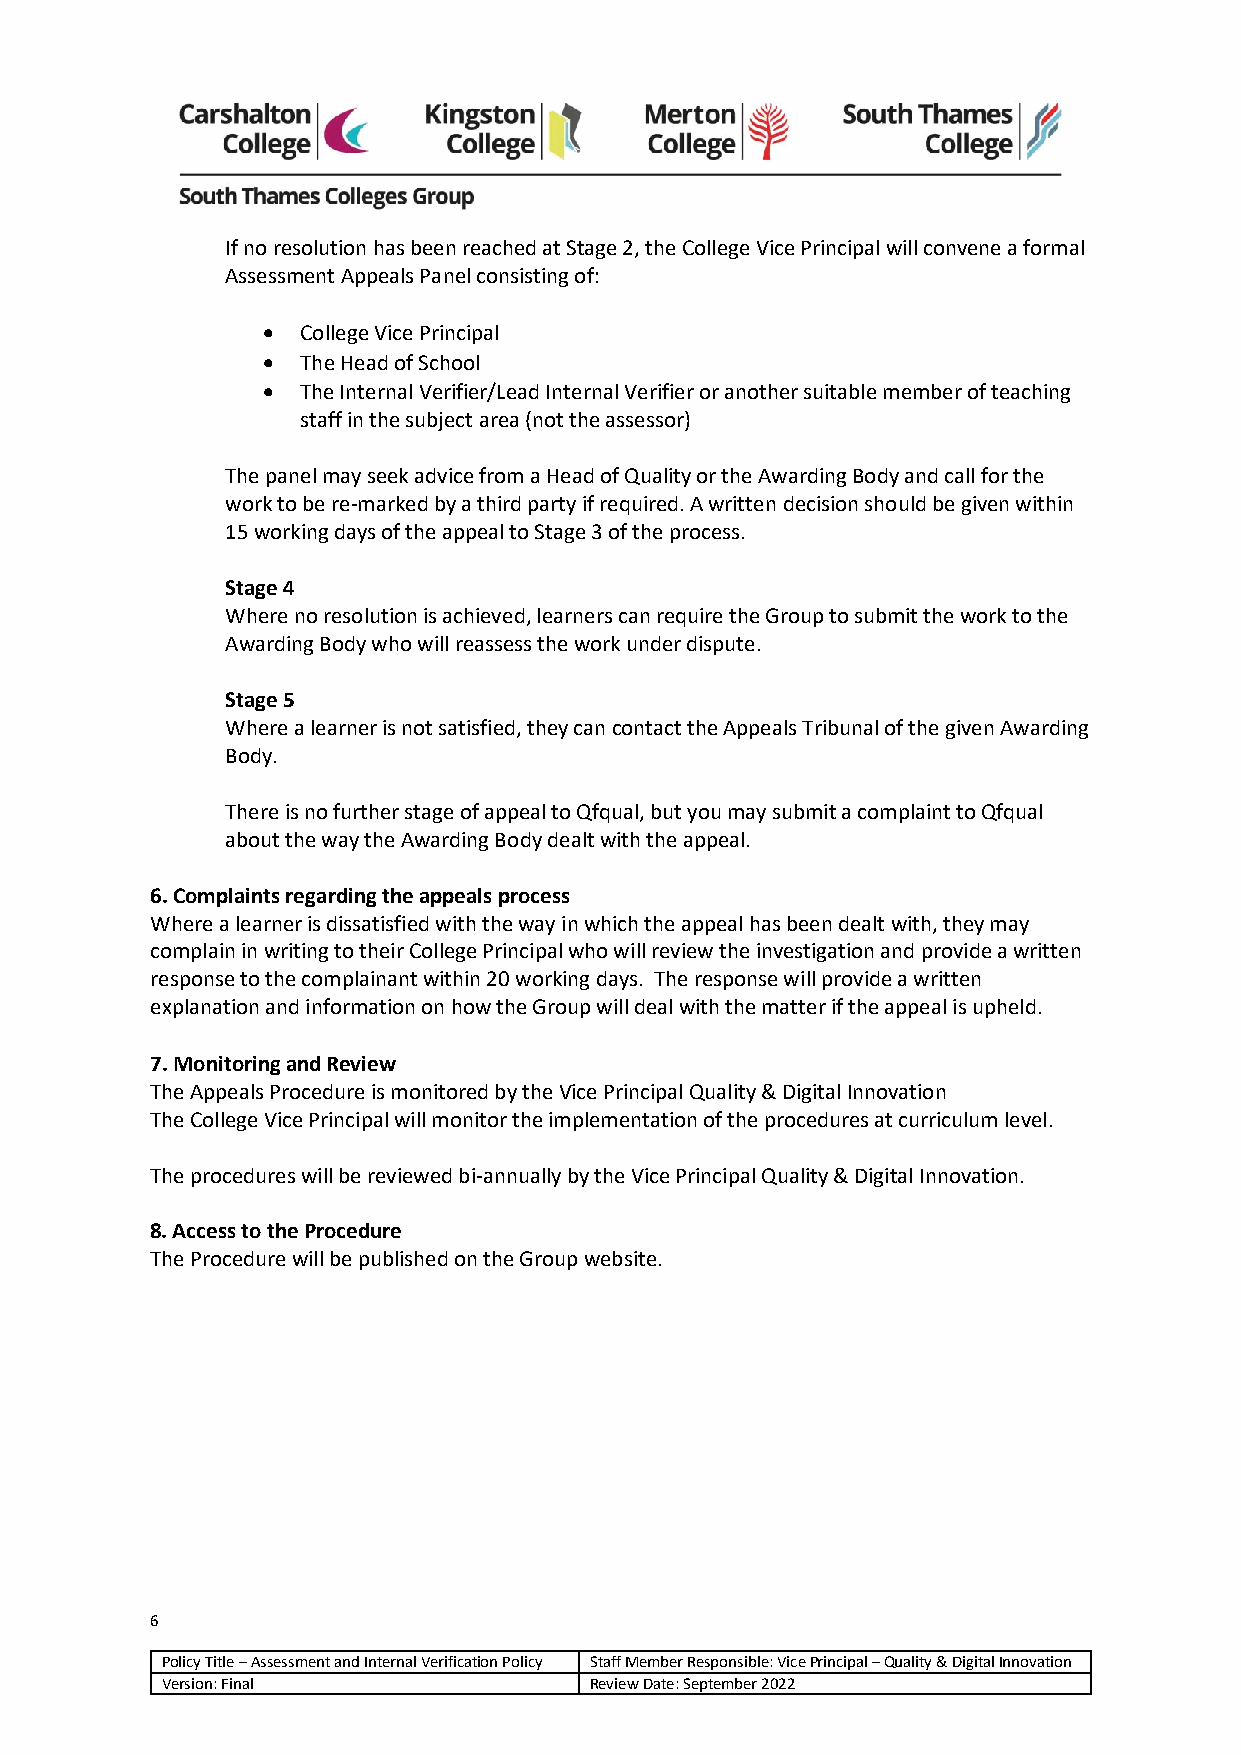
If no resolution has been reached at Stage 2, the College Vice Principal will convene a formal
 Assessment Appeals Panel consisting of:
 •  College Vice Principal
 •  The Head of School
 •  The Internal Verifier/Lead Internal Verifier or another suitable member of teaching
 staff in the subject area (not the assessor)
 The panel may seek advice from a Head of Quality or the Awarding Body and call for the
 work to be re-marked by a third party if required. A written decision should be given within
 15 working days of the appeal to Stage 3 of the process.
 Stage 4
 Where no resolution is achieved, learners can require the Group to submit the work to the
 Awarding Body who will reassess the work under dispute.
 Stage 5
 Where a learner is not satisfied, they can contact the Appeals Tribunal of the given Awarding
 Body.
 There is no further stage of appeal to Qfqual, but you may submit a complaint to Qfqual
 about the way the Awarding Body dealt with the appeal.
 6. Complaints regarding the appeals process
 Where a learner is dissatisfied with the way in which the appeal has been dealt with, they may
 complain in writing to their College Principal who will review the investigation and provide a written
 response to the complainant within 20 working days. The response will provide a written
 explanation and information on how the Group will deal with the matter if the appeal is upheld.
 7. Monitoring and Review
 The Appeals Procedure is monitored by the Vice Principal Quality & Digital Innovation
 The College Vice Principal will monitor the implementation of the procedures at curriculum level.
 The procedures will be reviewed bi-annually by the Vice Principal Quality & Digital Innovation.
 8. Access to the Procedure
 The Procedure will be published on the Group website.
 6
 Policy Title – Assessment and Internal Verification Policy Staff Member Responsible: Vice Principal – Quality & Digital Innovation
 Version: Final              Review Date: September 2022